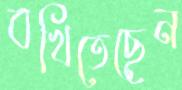
বখিতেছেন